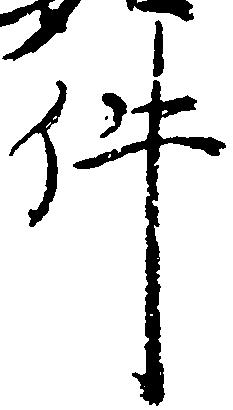
件